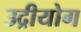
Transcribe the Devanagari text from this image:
उद्रीयोग